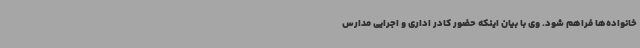
خانواده‌ها فراهم شود. وی با بیان اینکه حضور کادر اداری و اجرایی مدارس